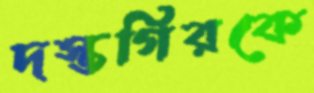
দস্তগিরকে